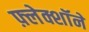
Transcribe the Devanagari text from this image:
फ़्लेक्शॉने